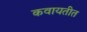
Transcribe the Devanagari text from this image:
कवायतीत